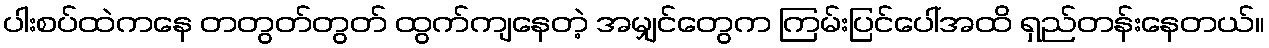
ပါးစပ်ထဲကနေ တတွတ်တွတ် ထွက်ကျနေတဲ့ အမျှင်တွေက ကြမ်းပြင်ပေါ်အထိ ရှည်တန်းနေတယ်။